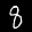
Label: 8